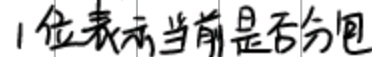
1位表示当前是否分包